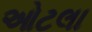
ઓટલા